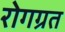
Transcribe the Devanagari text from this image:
रोगग्रत